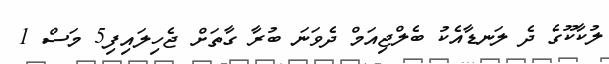
ލުކާކޫގެ ދެ ލަނޑާއެކު ބެލްޖިިއަމް ދެވަނަ ބުރާ ގާތަށް ޖެހިލައިފި5 މަސް 1